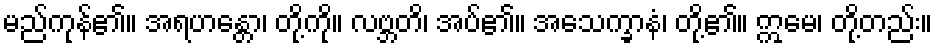
မည်ကုန်၏။ အရဟန္တော၊ တို့ကို။ လဗ္ဘတိ၊ အပ်၏။ အသေက္ခာနံ၊ တို့၏။ ဣမေ၊ တို့တည်း။